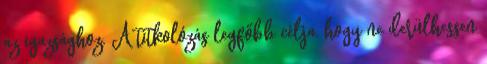
az igazsághoz. A titkolózás legfőbb célja, hogy ne de­rülhessen